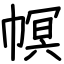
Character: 幎